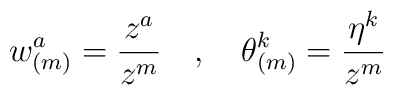
w^a_{(m)}=\frac{z^a}{z^m}\quad,\quad	     \theta^k _{(m)}=\frac{\eta ^k}{z^m}